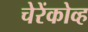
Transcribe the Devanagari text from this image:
चेरेंकोव्ह